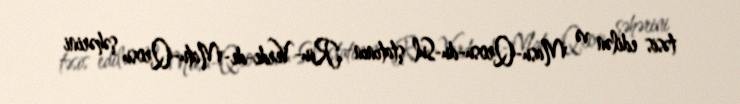
təsis edilən və Masu-Qrosu-du-Sul ştatının Riu-Verde-de-Matu-Qrosu şəhərini